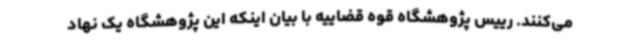
می‌کنند. رییس پژوهشگاه قوه قضاییه با بیان اینکه این پژوهشگاه یک نهاد